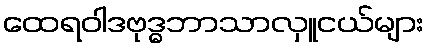
ထေရဝါဒဗုဒ္ဓဘာသာလှူငယ်များ